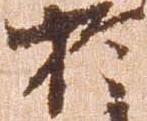
於